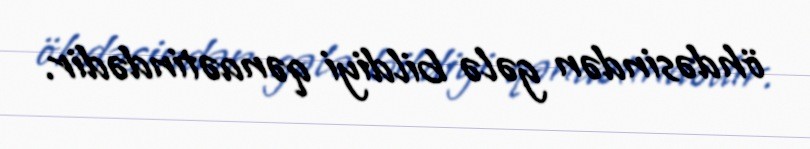
öhdəsindən gələ bildiyi qənaətindədir.